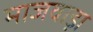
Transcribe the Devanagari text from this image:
माजवाड़ा